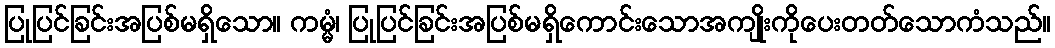
ပြုပြင်ခြင်းအပြစ်မရှိသော။ ကမ္မံ၊ ပြုပြင်ခြင်းအပြစ်မရှိကောင်းသောအကျိုးကိုပေးတတ်သောကံသည်။